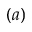
( a )